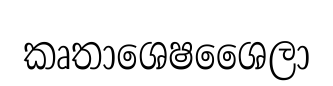
කෘතාශෙෂශෛලා